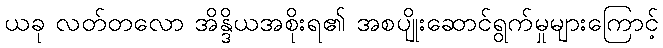
ယခု လတ်တလော အိန္ဒိယအစိုးရ၏ အစပျိုးဆောင်ရွက်မှုများကြောင့်